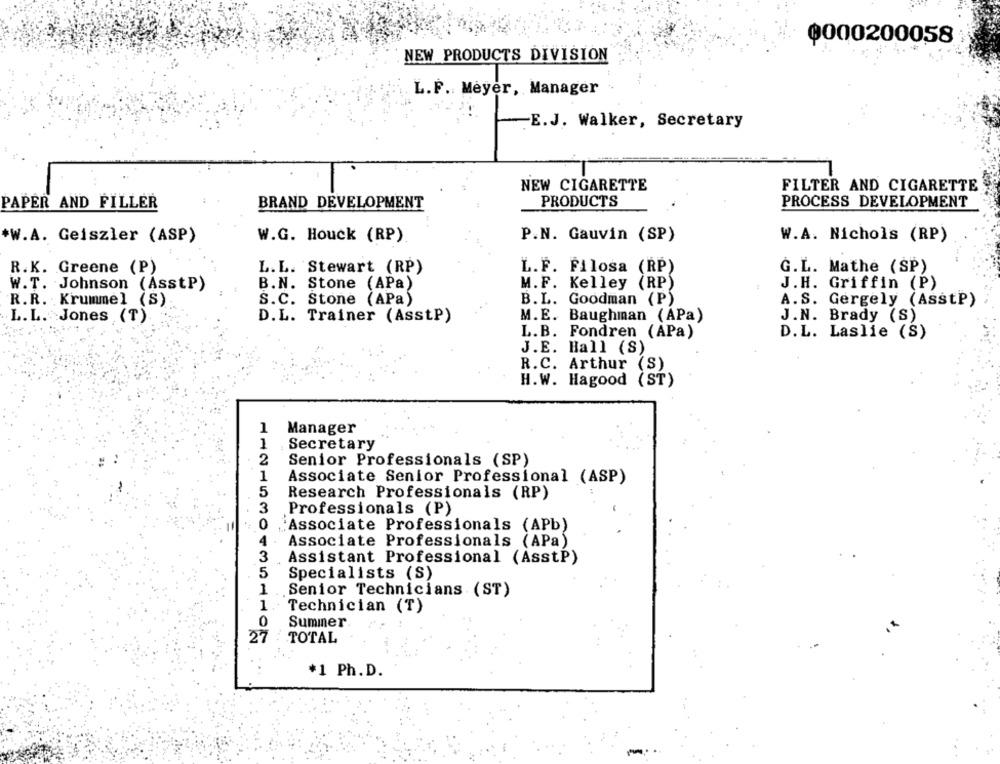
0000200058
NEW PRODUCTS DIVISION
L.F. Meyer, Manager
E.J. Walker, Secretary
NEW CIGARETTE
FILTER AND CIGARETTE
PAPER AND FILLER
BRAND DEVELOPMENT
PRODUCTS
PROCESS DEVELOPMENT
*W.A. Geiszler (ASP)
W.G. Houck (RP)
P.N. Gauvin (SP)
W.A. Nichols (RP)
L.L. Stewart (RP)
R.K. Greene (P)
L.F. Filosa (RP)
G.L. Mathe (SP)
W.T. Johnson (Asstp)
B.N. Stone (APa)
M.F. Kelley (RP)
J.H. Griffin (P)
R.R. Krummel (S)
S.C. Stone (APa)
B.L. Goodman (P)
A.S. Gergely (AsstP)
L.L. Jones (T).
D.L. Trainer (AsstP)
M.E. Baughman (APa)
J.N. Brady (S)
L.B. Fondren (APa)
D.L. Laslie (S)
J.E. Hall (S)
R.C. Arthur (S)
H.W. Hagood (ST)
1
Manager
1
Secretary
2
Senior Professionals (SP)
1
Associate Senior Professional (ASP)
5
Research Professionals (RP)
3
Professionals (P)
0
Associate Professionals (APb)
4
Associate Professionals (APa)
3
Assistant Professional (AsstP)
5
Specialists (S)
1
Senior Technicians (ST)
1 ..
Technician (T)
0
Summer
27
TOTAL
*1 Ph.D.